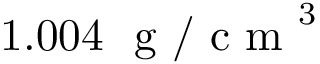
1 . 0 0 4 ~ \mathrm { ~ g ~ / ~ c ~ m ~ } ^ { 3 }